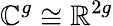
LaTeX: \mathbb{C}^{g}\cong\mathbb{R}^{2g}